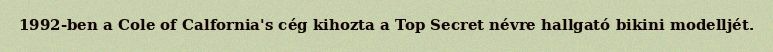
1992-ben a Cole of Calfornia's cég kihozta a Top Secret névre hallgató bikini modelljét.